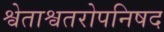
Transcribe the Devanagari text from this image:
श्वेताश्वतरोपनिषद